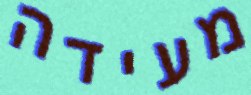
מעידה